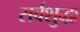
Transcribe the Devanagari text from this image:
सर्वशुद्धः